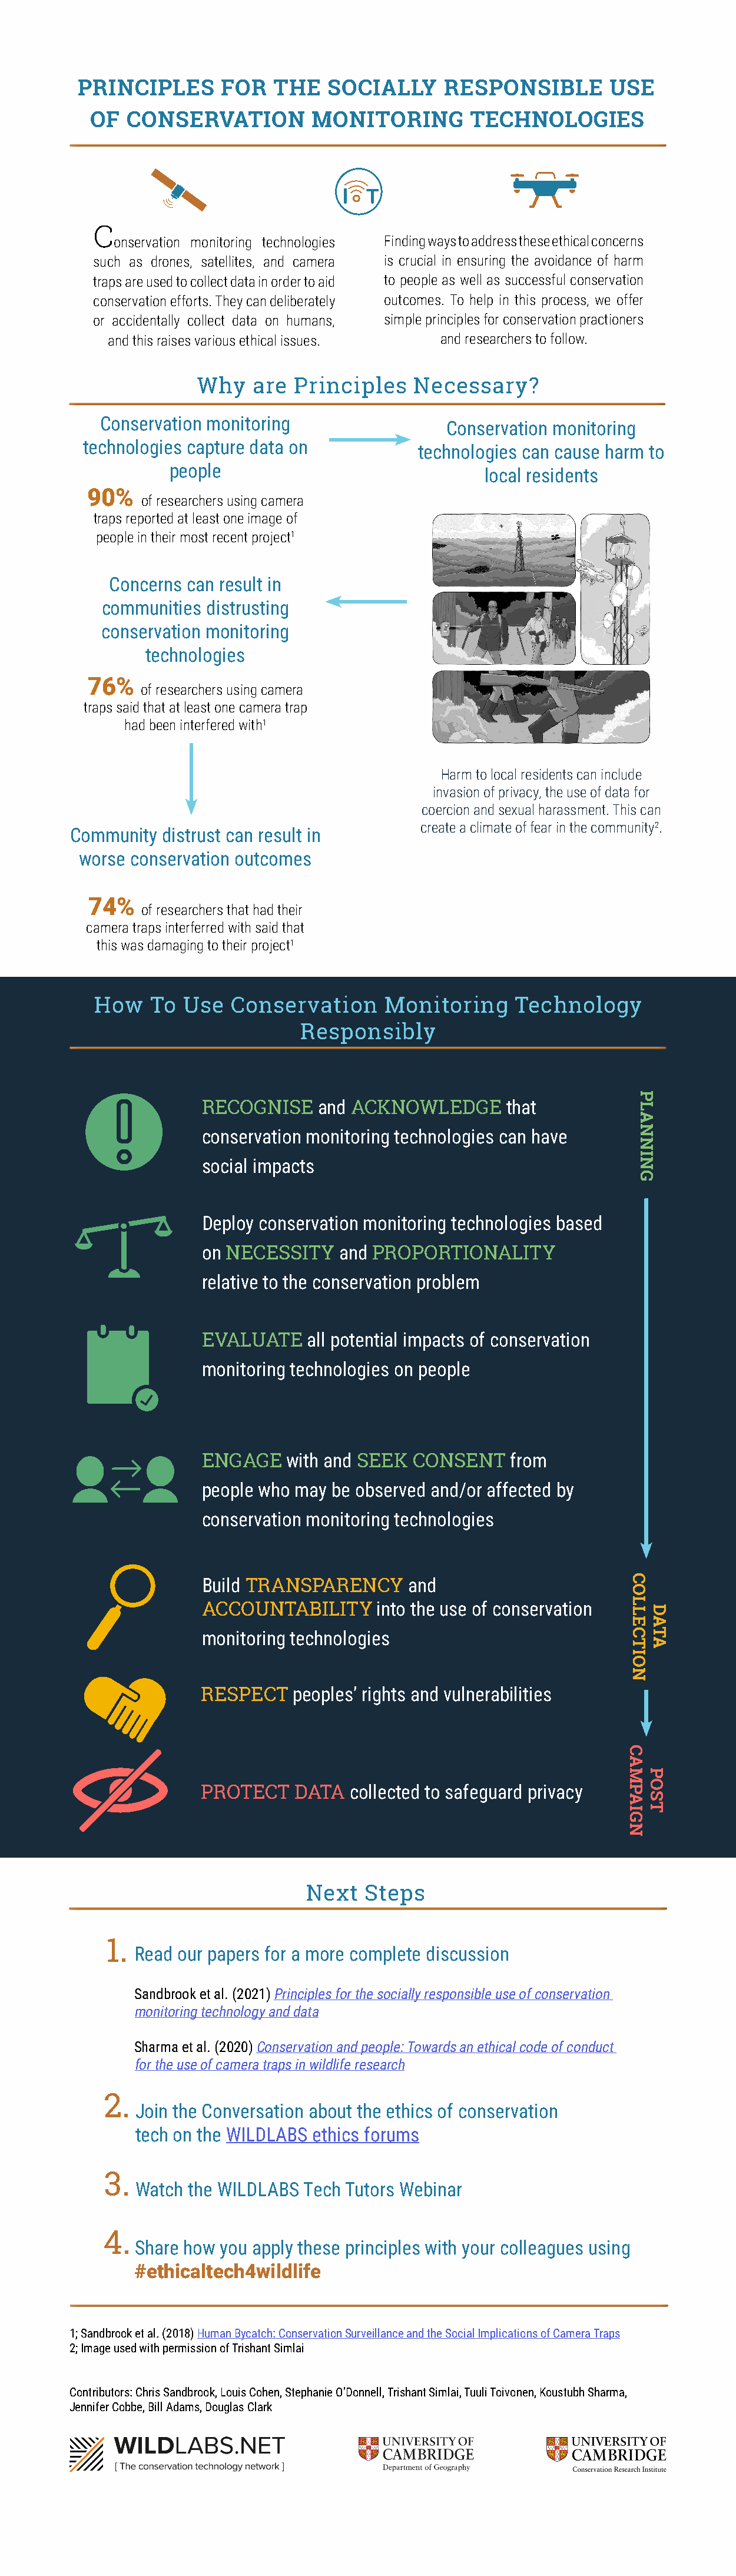
PRINCIPLES      FOR   THE   SOCIALLY     RESPONSIBLE        USE
 OF  CONSERVATION         MONITORING        TECHNOLOGIES
 C
 onservation monitoring technologies Finding ways to address these ethical concerns
 such as drones, satellites, and camera is crucial in ensuring the avoidance of harm
 traps are used to collect data in order to aid to people as well as successful conservation
 conservation efforts. They can deliberately outcomes. To help in this process, we offer
 or accidentally collect data on humans, simple principles for conservation practioners
 and this raises various ethical issues. and researchers to follow.
 Why   are  Principles    Necessary?
 Conservation monitoring
 Conservation monitoring
 technologies capture data on
 technologies can cause harm to
 people
 local residents
 90%
 of researchers using camera
 traps reported at least one image of
 people in their most recent project1
 Concerns can result in
 communities distrusting
 conservation monitoring
 technologies
 76%
 of researchers using camera
 traps said that at least one camera trap
 had been interfered with1
 Harm to local residents can include
 invasion of privacy, the use of data for
 coercion and sexual harassment. This can
 create a climate of fear in the community2.
 Community distrust can result in
 worse conservation outcomes
 74%
 of researchers that had their
 camera traps interferred with said that
 this was damaging to their project1
 How   To  Use  Conservation     Monitoring     Technology
 Responsibly
 RECOGNISE    and ACKNOWLEDGE      that
 conservation monitoring technologies can have
 social impacts
 Deploy conservation monitoring technologies based
 on NECESSITY   and PROPORTIONALITY
 relative to the conservation problem
 EVALUATE    all potential impacts of conservation
 monitoring technologies on people
 ENGAGE   with and SEEK CONSENT    from
 people who may be observed and/or affected by
 conservation monitoring technologies
 Build TRANSPARENCY     and
 ACCOUNTABILITY     into the use of conservation
 monitoring technologies
 RESPECT   peoples’ rights and vulnerabilities
 PROTECT   DATA  collected to safeguard privacy
 Next   Steps
 1.
 Read our papers for a more complete discussion
 Sandbrook et al. (2021) Principles for the socially responsible use of conservation
 monitoring technology and data
 Sharma et al. (2020) Conservation and people: Towards an ethical code of conduct
 for the use of camera traps in wildlife research
 2.
 Join the Conversation about the ethics of conservation
 tech on the WILDLABS ethics forums
 3.
 Watch the WILDLABS Tech Tutors Webinar
 4.
 Share how you apply these principles with your colleagues using
 #ethicaltech4wildlife
 1; Sandbrook et al. (2018) Human Bycatch: Conservation Surveillance and the Social Implications of Camera Traps
 2; Image used with permission of Trishant Simlai
 Contributors: Chris Sandbrook, Louis Cohen, Stephanie O’Donnell, Trishant Simlai, Tuuli Toivonen, Koustubh Sharma,
 Jennifer Cobbe, Bill Adams, Douglas Clark
 COLLECTION
 CAMPAIGN
 PLANNING
 DATA
 POST